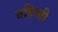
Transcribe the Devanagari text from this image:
बहिश्ती